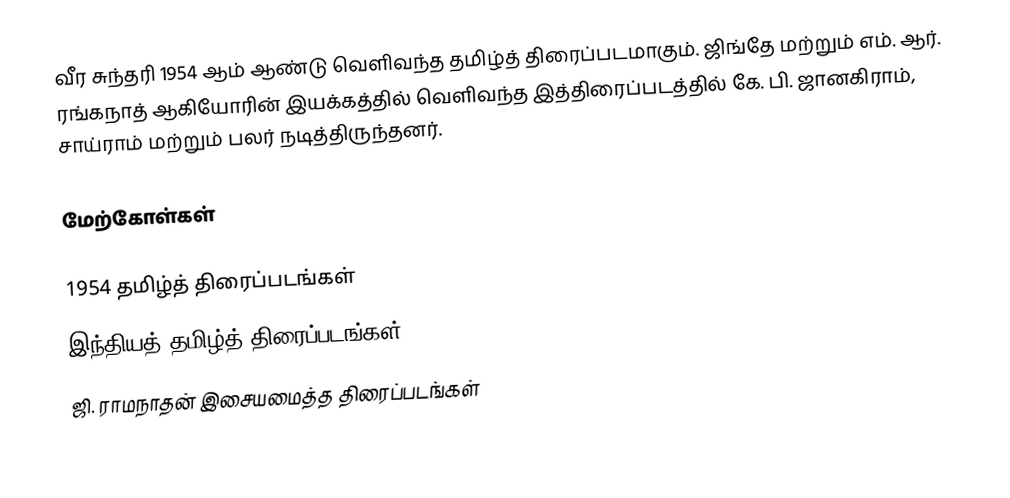
வீர சுந்தரி 1954 ஆம் ஆண்டு வெளிவந்த தமிழ்த் திரைப்படமாகும். ஜிங்தே மற்றும் எம். ஆர். ரங்கநாத் ஆகியோரின் இயக்கத்தில் வெளிவந்த இத்திரைப்படத்தில் கே. பி. ஜானகிராம், சாய்ராம் மற்றும் பலர் நடித்திருந்தனர்.

மேற்கோள்கள்

1954 தமிழ்த் திரைப்படங்கள்
இந்தியத் தமிழ்த் திரைப்படங்கள்
ஜி. ராமநாதன் இசையமைத்த திரைப்படங்கள்